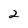
Character: 2